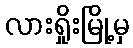
လားရှိုးမြို့မှ